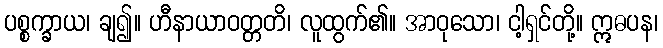
ပစ္စက္ခာယ၊ ချ၍။ ဟီနာယာဝတ္တတိ၊ လူထွက်၏။ အာဝုသော၊ ငါ့ရှင်တို့။ ဣဓပန၊